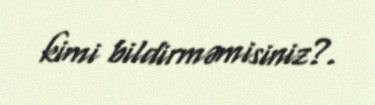
kimi bildirməmisiniz?.